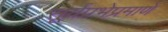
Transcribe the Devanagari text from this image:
सूर्यप्रभेप्रमाणे